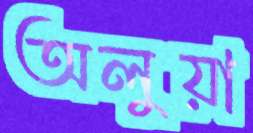
অলুয়া